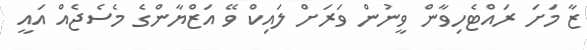
ޒާ މަށަ ރައްޓެހިވާން ވީނުން ވަރަށް ލައިކް ވޭ އަޒްޔާންގެ މެސެޖެއް އައީ